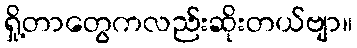
ရှို့တာတွေကလည်းဆိုးတယ်ဗျာ။